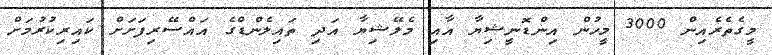
މީގެތެރެއިން 3000 މީހުން އިންޑޮނީޝިޔާ އާއި މެލޭޝިޔާ އަދި ތައިލެންޑްގެ އައްސޭރިފަށަށް ކައިރިކުރުމަށް